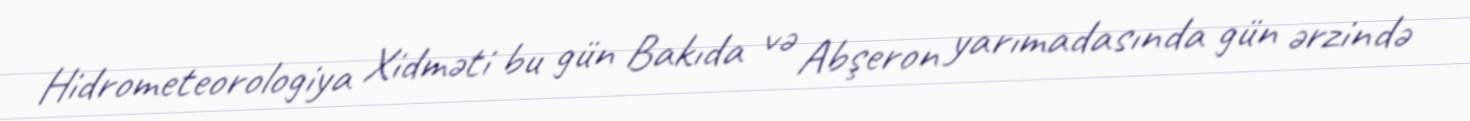
Hidrometeorologiya Xidməti bu gün Bakıda və Abşeron yarımadasında gün ərzində